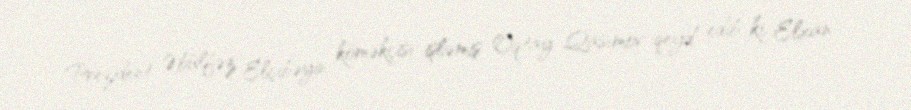
Prezident Əbülfəz Elçibəyin köməkçisi işləmiş Oqtay Qasımov qeyd edib ki, Elxan